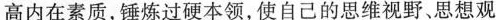
高内在素质，锤炼过硬本领，使自己的思维视野、思想观